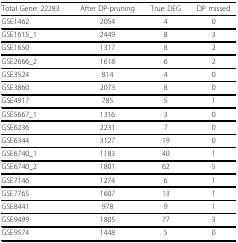
<table><thead><tr><td><b>Total Gene: 22283</b></td><td><b>After DP-pruning</b></td><td><b>True DEG</b></td><td><b>DP missed</b></td></tr></thead><tbody><tr><td>GSE1462</td><td>2054</td><td>4</td><td>0</td></tr><tr><td>GSE1615_1</td><td>2449</td><td>8</td><td>3</td></tr><tr><td>GSE1650</td><td>1317</td><td>8</td><td>2</td></tr><tr><td>GSE2666_2</td><td>1618</td><td>6</td><td>2</td></tr><tr><td>GSE3524</td><td>814</td><td>4</td><td>0</td></tr><tr><td>GSE3860</td><td>2073</td><td>8</td><td>0</td></tr><tr><td>GSE4917</td><td>785</td><td>5</td><td>1</td></tr><tr><td>GSE5667_1</td><td>1316</td><td>3</td><td>0</td></tr><tr><td>GSE6236</td><td>2231</td><td>7</td><td>0</td></tr><tr><td>GSE6344</td><td>3127</td><td>19</td><td>0</td></tr><tr><td>GSE6740_1</td><td>1183</td><td>40</td><td>1</td></tr><tr><td>GSE6740_2</td><td>1801</td><td>62</td><td>5</td></tr><tr><td>GSE7146</td><td>1274</td><td>6</td><td>1</td></tr><tr><td>GSE7765</td><td>1607</td><td>13</td><td>1</td></tr><tr><td>GSE8441</td><td>978</td><td>9</td><td>1</td></tr><tr><td>GSE9499</td><td>1805</td><td>77</td><td>3</td></tr><tr><td>GSE9574</td><td>1448</td><td>5</td><td>0</td></tr></tbody></table>